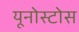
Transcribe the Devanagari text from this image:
यूनोस्टोस